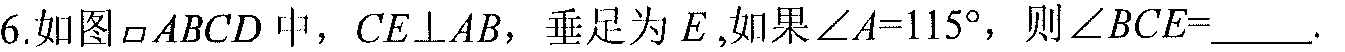
6.如图 \(\square ABCD\) 中，\(CE\bot AB\)，垂足为 \(E\),如果 \(\angle A = 115^{\circ}\)，则 \(\angle BCE=\underline{\ \ \ \ \ }.\)